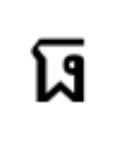
ធ